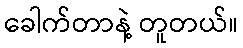
ခေါက်တာနဲ့ တူတယ်။